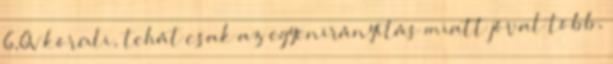
6,6V körüli, tehát csak az egyenirányítás miatt jóval több,